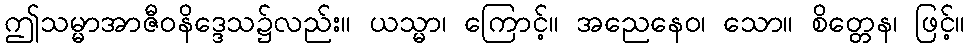
ဤသမ္မာအာဇီဝနိဒ္ဒေသ၌လည်း။ ယသ္မာ၊ ကြောင့်။ အညေနေဝ၊ သော။ စိတ္တေန၊ ဖြင့်။